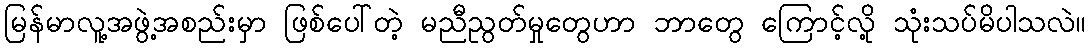
မြန်မာလူ့အဖွဲ့အစည်းမှာ ဖြစ်ပေါ်တဲ့ မညီညွတ်မှုတွေဟာ ဘာတွေ ကြောင့်လို့ သုံးသပ်မိပါသလဲ။